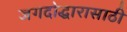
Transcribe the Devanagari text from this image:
जगदोद्धारासाठी